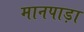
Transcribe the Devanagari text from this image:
मानपाड़ा